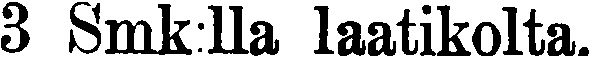
3 Smk:lla laatikolta.